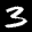
Label: 3